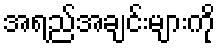
အရည်အချင်းများကို